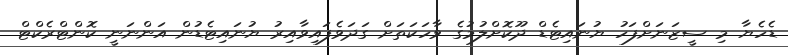
ޑެހެޔާ މި ސީޒަނަށްފަހު ޔުނައިޓެޑް ދޫކޮށްލުމުގެ ވާހަކަތަށް ގަދަވެފައިވާއިރު ޔުނައިޓެޑުން އަންނަނީ ކޮންޓްރެކްޓް